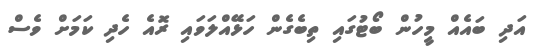
އަދި ބައެއް މީހުން ބޯޓުގައި ތިބެގެން ހަޅޭއްލަވައި ރޮއެ ހެދި ކަމަށް ވެސް